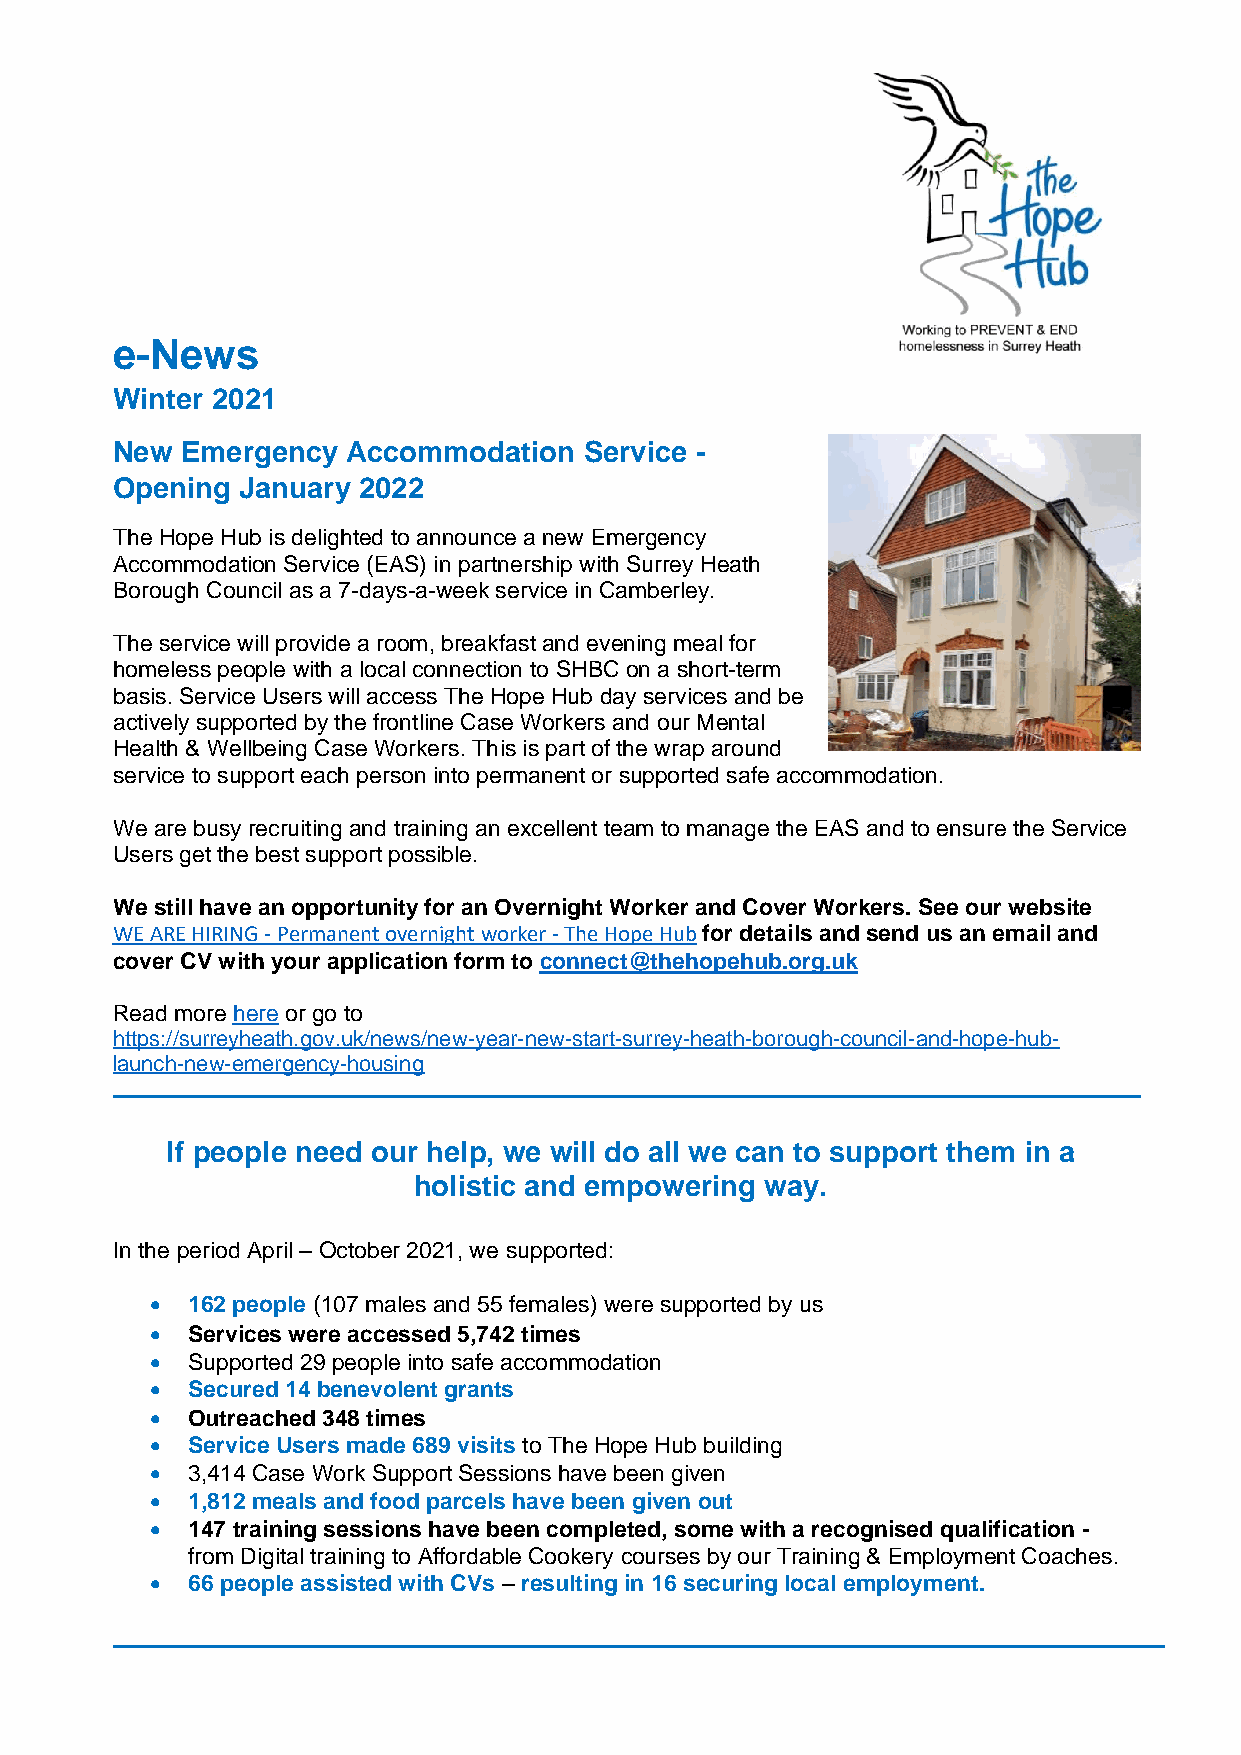
e-News
 Winter 2021
 New  Emergency  Accommodation   Service -
 Opening  January 2022
 The Hope Hub is delighted to announce a new Emergency
 Accommodation Service (EAS) in partnership with Surrey Heath
 Borough Council as a 7-days-a-week service in Camberley.
 The service will provide a room, breakfast and evening meal for
 homeless people with a local connection to SHBC on a short-term
 basis. Service Users will access The Hope Hub day services and be
 actively supported by the frontline Case Workers and our Mental
 Health & Wellbeing Case Workers. This is part of the wrap around
 service to support each person into permanent or supported safe accommodation.
 We are busy recruiting and training an excellent team to manage the EAS and to ensure the Service
 Users get the best support possible.
 We still have an opportunity for an Overnight Worker and Cover Workers. See our website
 WE ARE HIRING - Permanent overnight worker - The Hope Hub for details and send us an email and
 cover CV with your application form to connect@thehopehub.org.uk
 Read more here or go to
 https://surreyheath.gov.uk/news/new-year-new-start-surrey-heath-borough-council-and-hope-hub-
 launch-new-emergency-housing
 If people need our help, we will do all we can to support them in a
 holistic and empowering way.
 In the period April – October 2021, we supported:
 • 162 people (107 males and 55 females) were supported by us
 • Services were accessed 5,742 times
 • Supported 29 people into safe accommodation
 • Secured 14 benevolent grants
 • Outreached 348 times
 • Service Users made 689 visits to The Hope Hub building
 • 3,414 Case Work Support Sessions have been given
 • 1,812 meals and food parcels have been given out
 • 147 training sessions have been completed, some with a recognised qualification -
 from Digital training to Affordable Cookery courses by our Training & Employment Coaches.
 • 66 people assisted with CVs – resulting in 16 securing local employment.